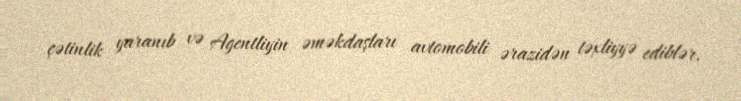
çətinlik yaranıb və Agentliyin əməkdaşları avtomobili ərazidən təxliyyə ediblər.